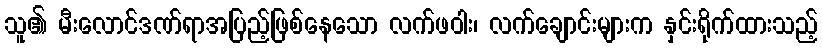
သူ၏ မီးလောင်ဒဏ်ရာအပြည့်ဖြစ်နေသော လက်ဖဝါး၊ လက်ချောင်းများက နှင်းရိုက်ထားသည့်